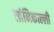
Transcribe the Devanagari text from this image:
त्य्रंनिकाल्ली